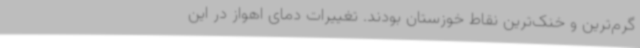
گرم‌ترین و خنک‌ترین نقاط خوزستان بودند. تغییرات دمای اهواز در این